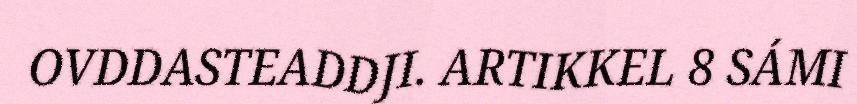
OVDDASTEADDJI. ARTIKKEL 8 SÁMI